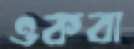
ওকবা